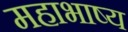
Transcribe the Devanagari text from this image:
महाभाष्‍य